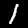
Label: 1